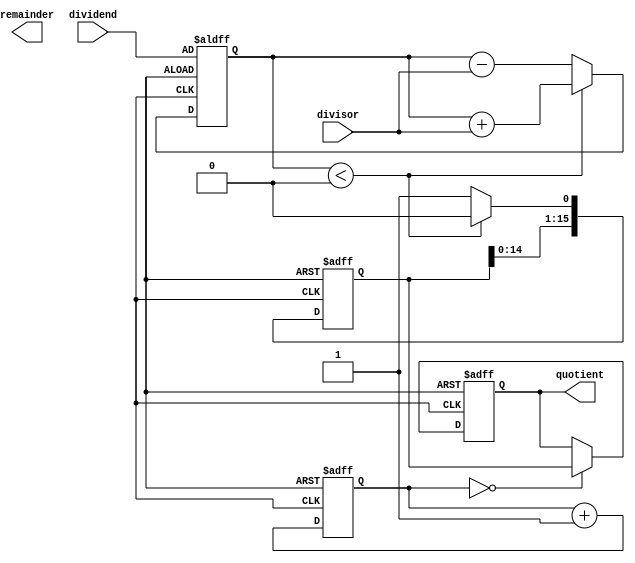
module Restoring_Divider (
    input signed [15:0] dividend,
    input signed [15:0] divisor,
    output reg signed [15:0] quotient,
    output reg signed [15:0] remainder
);

reg signed [15:0] temp_dividend;
reg signed [15:0] temp_remainder;
reg [3:0] count;

always @ (posedge clk or negedge rst) begin
    if (!rst) begin
        temp_dividend <= 16'b0;
        temp_remainder <= dividend;
        quotient <= 16'b0;
        count <= 4'b0000;
    end else begin
        temp_dividend <= temp_dividend << 1;
        temp_dividend[0] <= 1'b1;
        temp_remainder <= temp_remainder - divisor;

        if (temp_remainder < 0) begin
            temp_remainder <= temp_remainder + divisor;
            temp_dividend[0] <= 1'b0;
        end else begin
            temp_dividend[0] <= 1'b1;
        end
        
        count <= count + 1;
        
        if (count == 4'b0000) begin
            quotient <= temp_dividend;
        end
    end
end

endmodule